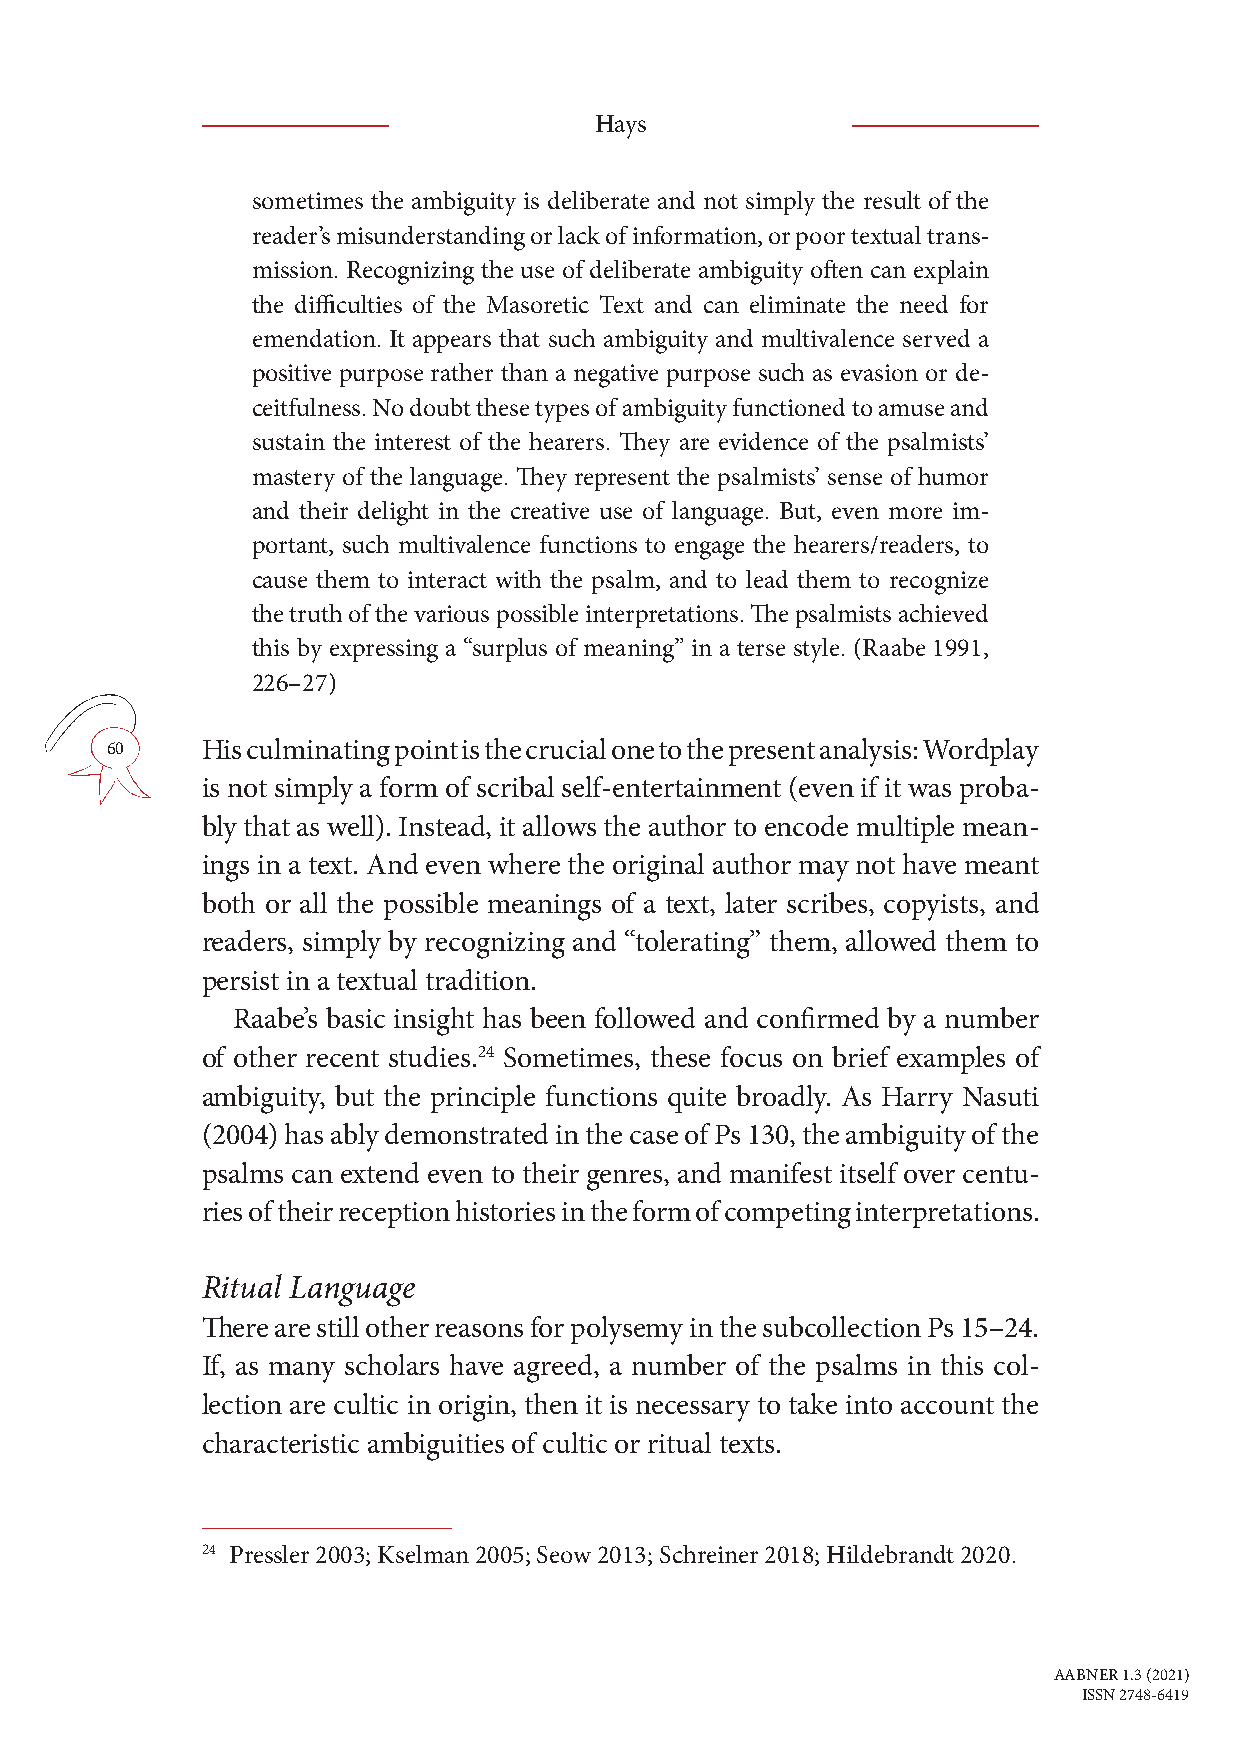
Hays
 sometimes the ambiguity is deliberate and not simply the result of the
 reader’s misunderstanding or lack of information, or poor textual trans-
 mission. Recognizing the use of deliberate ambiguity often can explain
 the difficulties of the Masoretic Text and can eliminate the need for
 emendation. It appears that such ambiguity and multivalence served a
 positive purpose rather than a negative purpose such as evasion or de-
 ceitfulness. No doubt these types of ambiguity functioned to amuse and
 sustain the interest of the hearers. They are evidence of the psalmists’
 mastery of the language. They represent the psalmists’ sense of humor
 and their delight in the creative use of language. But, even more im-
 portant, such multivalence functions to engage the hearers/readers, to
 cause them to interact with the psalm, and to lead them to recognize
 the truth of the various possible interpretations. The psalmists achieved
 this by expressing a “surplus of meaning” in a terse style. (Raabe 1991,
 226–27)
 60    His culminating point is the crucial one to the present analysis: Wordplay
 is not simply a form of scribal self-entertainment (even if it was proba-
 bly that as well). Instead, it allows the author to encode multiple mean-
 ings in a text. And even where the original author may not have meant
 both or all the possible meanings of a text, later scribes, copyists, and
 readers, simply by recognizing and “tolerating” them, allowed them to
 persist in a textual tradition.
 Raabe’s basic insight has been followed and confirmed by a number
 of other recent studies.24 Sometimes, these focus on brief examples of
 ambiguity, but the principle functions quite broadly. As Harry Nasuti
 (2004) has ably demonstrated in the case of Ps 130, the ambiguity of the
 psalms can extend even to their genres, and manifest itself over centu-
 ries of their reception histories in the form of competing interpretations.
 Ritual Language
 There are still other reasons for polysemy in the subcollection Ps 15–24.
 If, as many scholars have agreed, a number of the psalms in this col-
 lection are cultic in origin, then it is necessary to take into account the
 characteristic ambiguities of cultic or ritual texts.
 24 Pressler 2003; Kselman 2005; Seow 2013; Schreiner 2018; Hildebrandt 2020.
 AABNER 1.3 (2021)
 ISSN 2748-6419